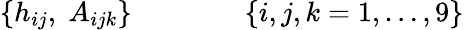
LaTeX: \{ h_{ij},\; A_{ijk}\} \qquad\qquad\{ i,j,k=1,\dots,9\}